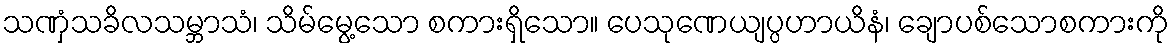
သဏှံသခိလသမ္ဘာသံ၊ သိမ်မွေ့သော စကားရှိသော။ ပေသုဏေယျပ္ပဟာယိနံ၊ ချောပစ်သောစကားကို